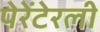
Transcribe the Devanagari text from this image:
पेरेंटेरली